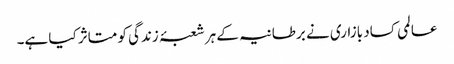
عالمی کساد بازاری نے برطانیہ کے ہر شعبۂ زندگی کو متاثر کیا ہے۔